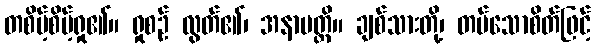
တစိမ့်စိမ့်ရှု၏။ ရှုစဉ် လွတ်၏၊ အနာပတ္တိ။ ချစ်သားတို့၊ တပ်သောစိတ်ဖြင့်